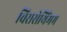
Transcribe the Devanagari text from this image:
चिरासेथिंमम